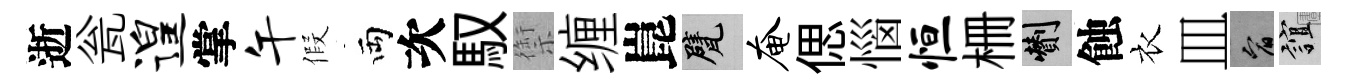
逝瓮遑掌午假両次馭禦缠崑甓奄偲惱恒栅剪蝕衣皿宥誼